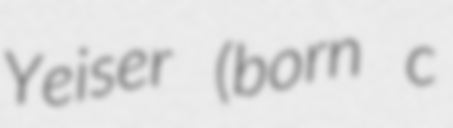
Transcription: Yeiser (born c